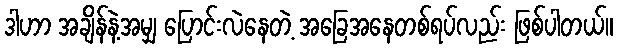
ဒါဟာ အချိန်နဲ့အမျှ ပြောင်းလဲနေတဲ့ အခြေအနေတစ်ရပ်လည်း ဖြစ်ပါတယ်။